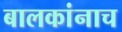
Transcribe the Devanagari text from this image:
बालकांनाच